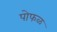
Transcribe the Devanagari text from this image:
पोफळ